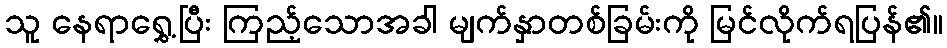
သူ နေရာရွှေ့ပြီး ကြည့်သောအခါ မျက်နှာတစ်ခြမ်းကို မြင်လိုက်ရပြန်၏။